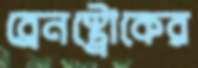
ব্রেনস্ট্রোকের